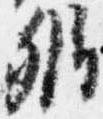
弁